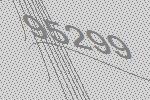
95299